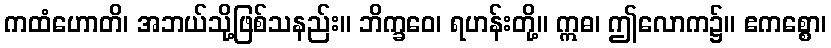
ကထံဟောတိ၊ အဘယ်သို့ဖြစ်သနည်း။ ဘိက္ခဝေ၊ ရဟန်းတို့။ ဣဓ၊ ဤလောက၌။ ဧကစ္စော၊